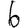
Digit: 6